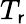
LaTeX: T_{\mathsf{r}}